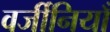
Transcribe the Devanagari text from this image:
वर्जीनियाँ